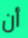
أن